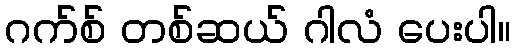
ဂက်စ် တစ်ဆယ် ဂါလံ ပေးပါ။